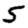
Digit: 5